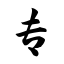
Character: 专